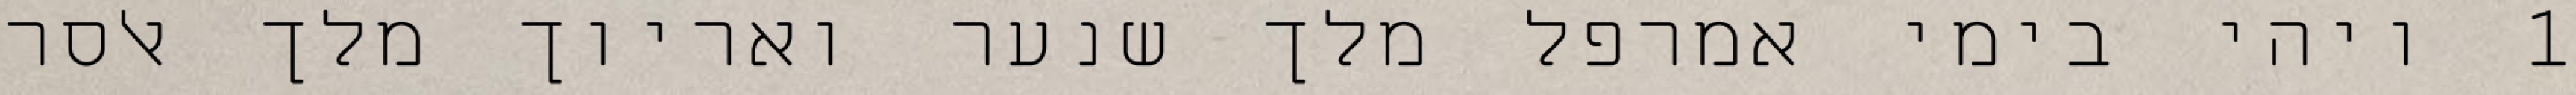
1 ויהי בימי אמרפל מלך שנער ואריוך מלך אלסר